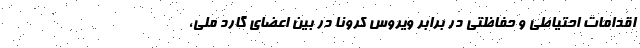
اقدامات احتیاطی و حفاظتی در برابر ویروس کرونا در بین اعضای گارد ملی،